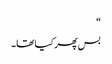
“
بس پھر کیا تھا۔